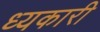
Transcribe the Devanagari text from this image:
ध्यकारी